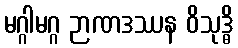
မဂ္ဂါမဂ္ဂ ဉာဏဒဿန ဝိသုဒ္ဓိ